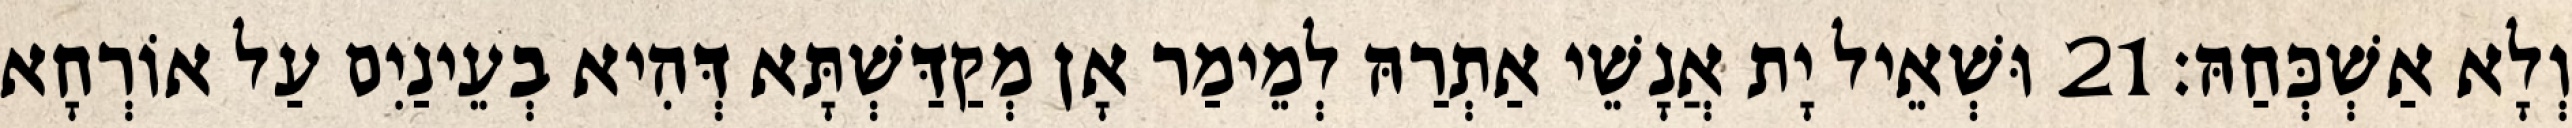
וְלָא אַשְׁכְּחַהּ׃ 21 וּשְׁאֵיל יָת אֲנָשֵׁי אַתְרַהּ לְמֵימַר אָן מְקַדַּשְׁתָּא דְּהִיא בְעֵינַיִם עַל אוֹרְחָא